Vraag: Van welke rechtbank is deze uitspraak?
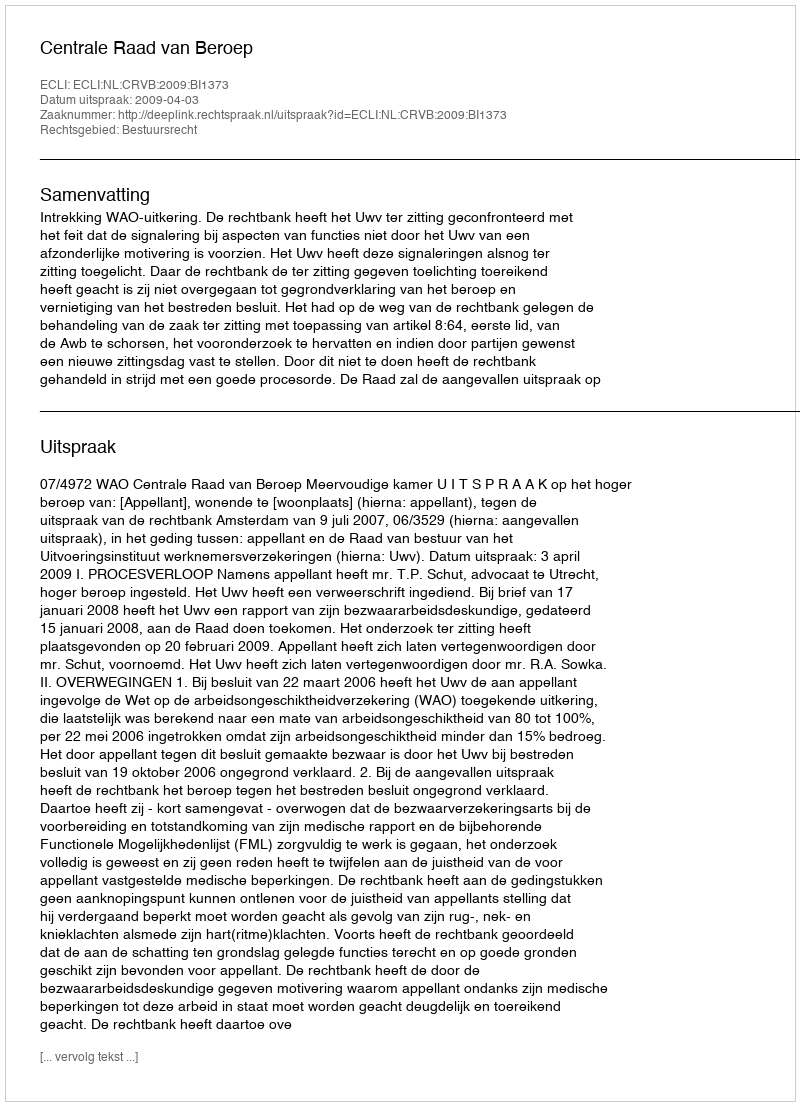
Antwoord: Centrale Raad van Beroep